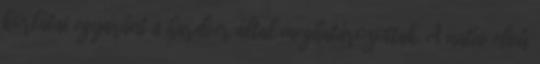
korlátai egyaránt a hardver által meghatározottak. A natív elvû